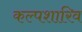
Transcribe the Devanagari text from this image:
कल्पशारिव